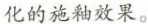
化的施釉效果。